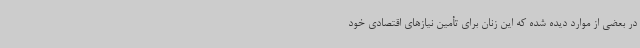
در بعضی از موارد دیده شده که این زنان برای تأمین نیازهای اقتصادی خود